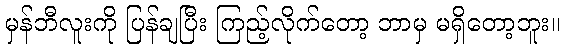
မှန်ဘီလူးကို ပြန်ချပြီး ကြည့်လိုက်တော့ ဘာမှ မရှိတော့ဘူး။